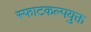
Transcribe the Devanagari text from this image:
स्फाटकल्पयुक्त